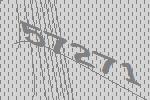
57271